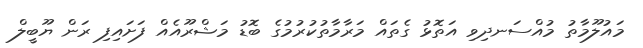
މައުލޫމާތު މުއްސަނދިވި އަތޮޅު ގެތައް މަރާމާތުކުރުމުގެ ބޮޑު މަޝްރޫއެއް ފަށައިފި ރަން ޔޫބީލް